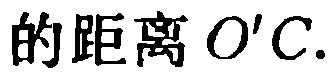
的距离 \(O'C\).